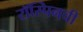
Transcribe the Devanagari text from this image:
रॉस्पिनची